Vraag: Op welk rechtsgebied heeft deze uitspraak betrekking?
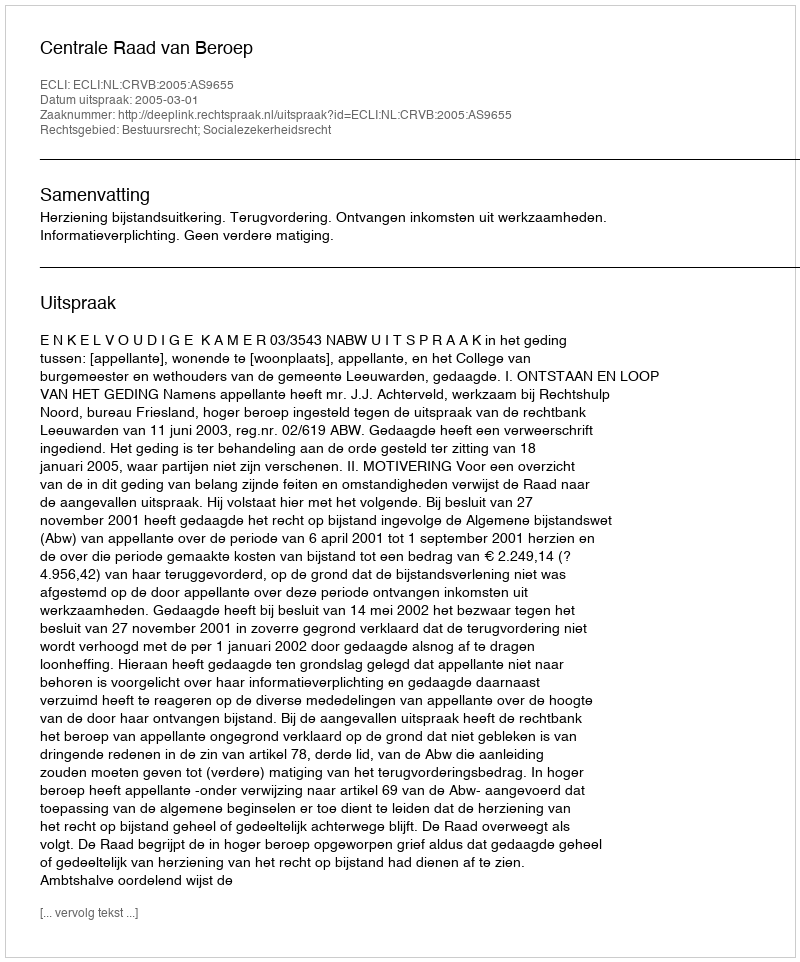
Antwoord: Bestuursrecht; Socialezekerheidsrecht